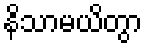
နိသာမယိတွာ